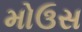
મોઉસ